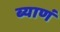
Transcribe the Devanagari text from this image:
ब्याणं